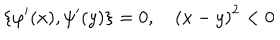
\left\{ \varphi ^ { \prime } ( x ) , \psi ^ { \prime } ( y ) \right\} = 0 , \quad \left( x - y \right) ^ { 2 } < 0